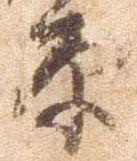
原